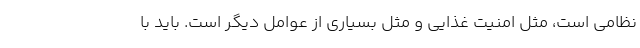
نظامی است، مثل امنیت غذایی و مثل بسیاری از عوامل دیگر است. باید با